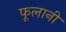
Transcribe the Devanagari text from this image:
फूलानी